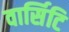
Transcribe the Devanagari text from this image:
वार्सिटि